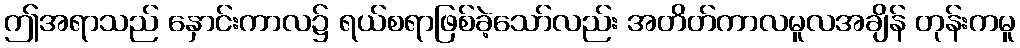
ဤအရာသည် နှောင်းကာလ၌ ရယ်စရာဖြစ်ခဲ့သော်လည်း အတိတ်ကာလမူလအချိန် တုန်းကမူ